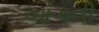
આગની